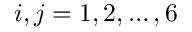
i , j = 1 , 2 , \dots , 6